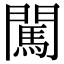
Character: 闖